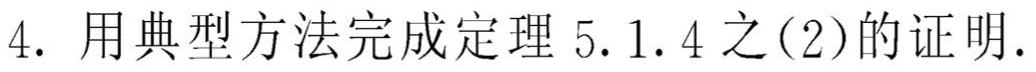
4. 用典型方法完成定理 5.1.4 之(2)的证明.